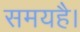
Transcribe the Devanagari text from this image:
समयहै।